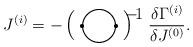
LaTeX: \begin{align*}J^{(i)}=-\left(\setlength{\unitlength}{1mm}\begin{picture}(12,4)\thicklines\put(6,1){\circle{8}}\put(1.75,1){\circle*{1}}\put(10.25,1){\circle*{1}}\put(12.5,4){\makebox(0,0)[l]{$\scriptsize -\! 1$}}\end{picture}\right)\:\;\;\frac{\delta \Gamma^{(i)}}{\delta J^{(0)}}.\end{align*}